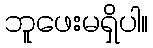
ဘူဖေးမရှိပါ။